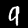
Label: 9